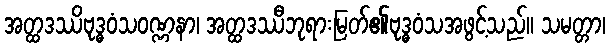
အတ္ထဒဿိဗုဒ္ဓဝံသဝဏ္ဏနာ၊ အတ္ထဒဿီဘုရားမြတ်၏ဗုဒ္ဓဝံသအဖွင့်သည်။ သမတ္တာ၊